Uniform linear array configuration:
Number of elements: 24
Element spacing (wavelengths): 0.75
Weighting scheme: hamming
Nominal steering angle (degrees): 30
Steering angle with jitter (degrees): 28.915
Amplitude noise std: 0.05
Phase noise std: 0.05

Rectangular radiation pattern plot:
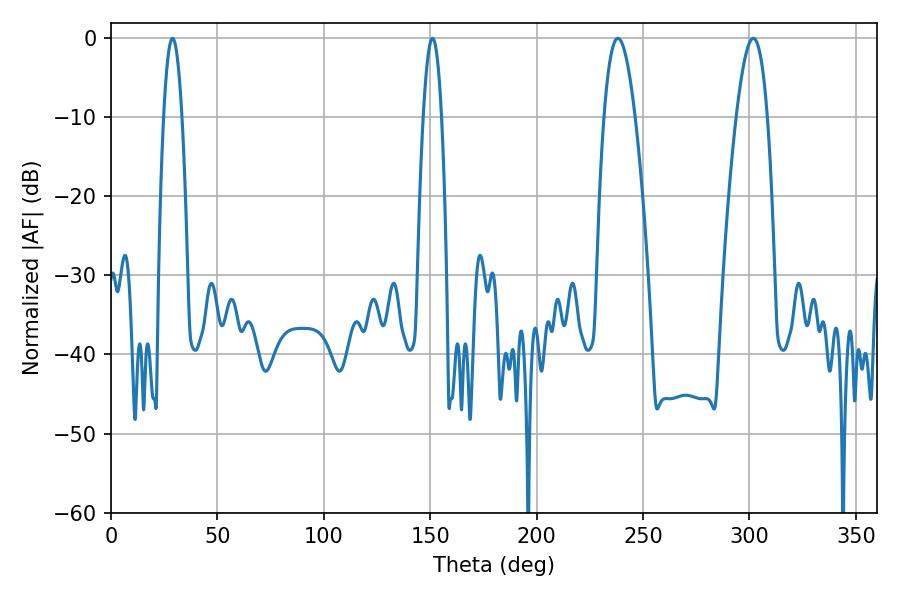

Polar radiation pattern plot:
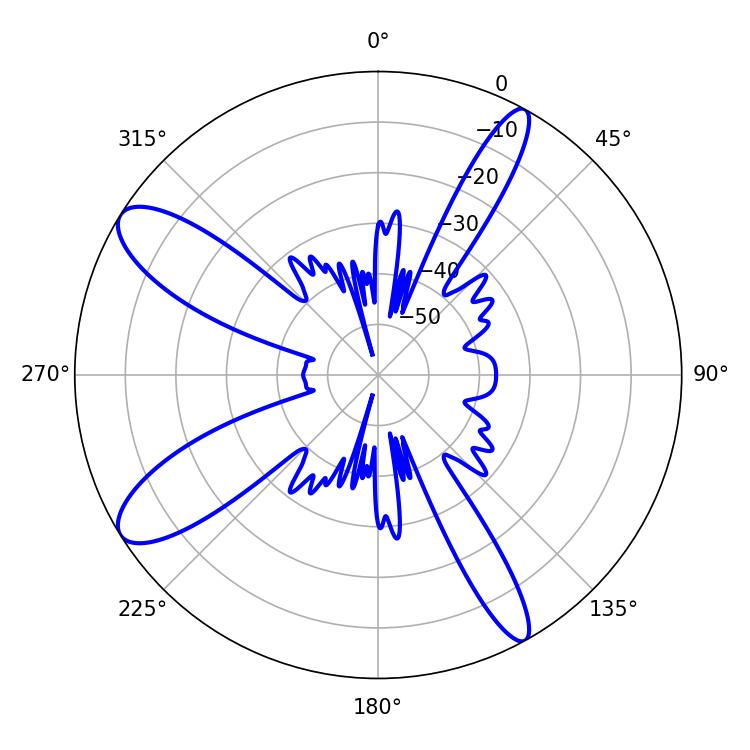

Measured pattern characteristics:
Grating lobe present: TRUE
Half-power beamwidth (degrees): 8.1
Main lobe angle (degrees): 238.14